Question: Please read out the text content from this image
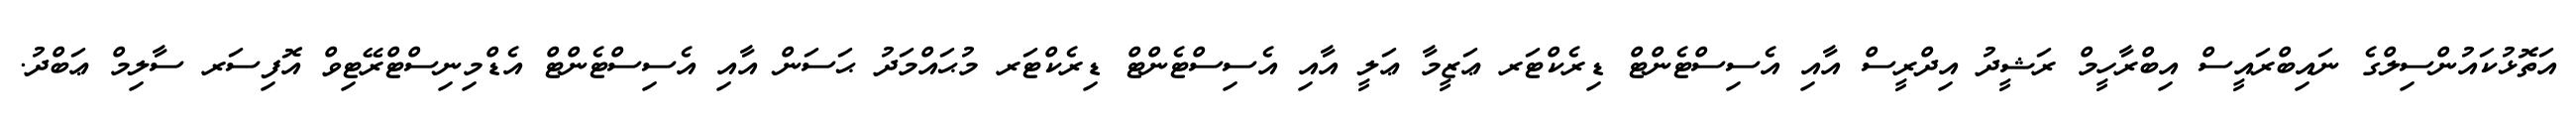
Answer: އަތޮޅުކައުންސިލްގެ ނައިބްރައީސް އިބްރާހީމް ރަޝީދު އިދްރީސް އާއި އެސިސްޓެންޓް ޑިރެކްޓަރ ޢަޒީމާ ޢަލީ އާއި އެސިސްޓެންޓް ޑިރެކްޓަރ މުޙައްމަދު ޙަސަން އާއި އެސިސްޓެންޓް އެޑްމިނިސްޓްރޭޓިވް އޮފިސަރ ސާލިމް ޢަބްދު.